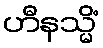
ဟီနသ္မိံ